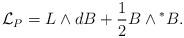
LaTeX: \begin{align*}{\cal L}_{P}=L\wedge dB+\frac{1}{2}B\wedge {}^{*}B. \end{align*}